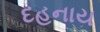
દહનાય